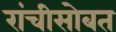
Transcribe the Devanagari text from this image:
रांचीसोबत